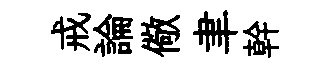
戒論儆聿幹